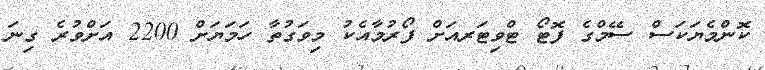
ކޮންމެޔަކަސް ސޭމްގެ ފޮޓޯ ޓްވިޓަރއަށް ފޯރުމާއެކު މިވަގުތާ ހަމަޔަށް 2200 އަށްވުރެ ގިނަ